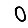
Digit: 0